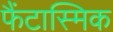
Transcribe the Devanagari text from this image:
फैंटास्मिक